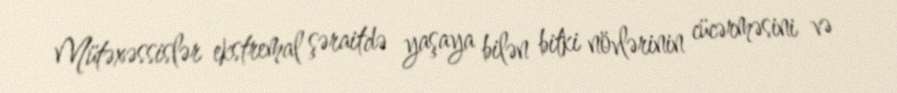
Mütəxəssislər ekstremal şəraitdə yaşaya bilən bitki növlərinin cücərməsini və